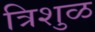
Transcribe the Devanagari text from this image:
त्रिशुळ